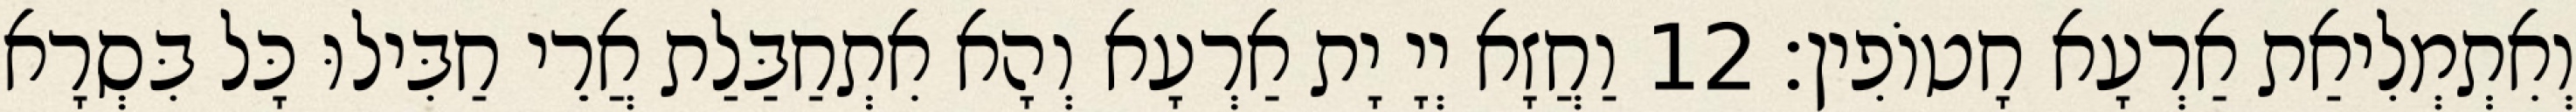
וְאִתְמְלִיאַת אַרְעָא חָטוֹפִין׃ 12 וַחֲזָא יְיָ יָת אַרְעָא וְהָא אִתְחַבַּלַת אֲרֵי חַבִּילוּ כָּל בִּסְרָא